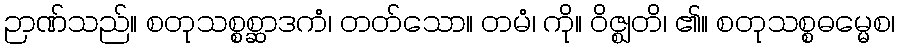
ဉာဏ်သည်။ စတုသစ္စစ္ဆာဒကံ၊ တတ်သော။ တမံ၊ ကို။ ဝိဇ္ဈတိ၊ ၏။ စတုသစ္စဓမ္မေစ၊